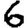
Digit: 6